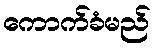
ကောက်ခံမည်